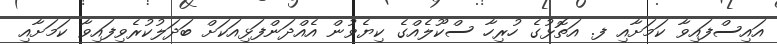
އައިސްފައިވާ ކަމަށާއި ފ. އަތޮޅުގެ ހުރިހާ ސްކޫލެއްގެ ކިޔެވުން އެއްދަންފަޅިއަކަށް ބަދަލުކުރެވިފައިވާ ކަމަށާއި